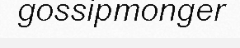
gossipmonger